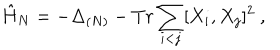
\hat { H } _ { N } = - \Delta _ { ( N ) } - T r \sum _ { i < j } [ X _ { i } , X _ { j } ] ^ { 2 } \ ,